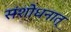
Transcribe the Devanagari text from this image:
संशोधनात्